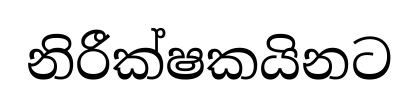
නිරීක්ෂකයිනට